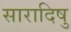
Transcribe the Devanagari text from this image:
सारादिषु